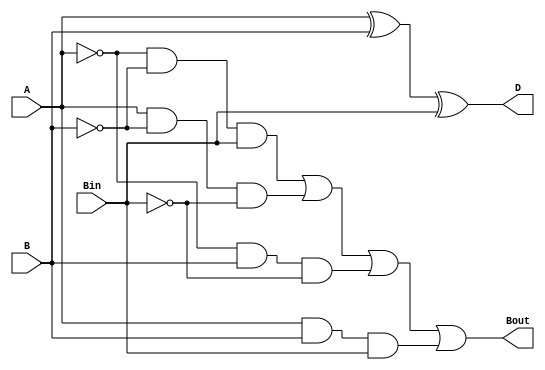
`timescale 1ns / 1ps
//////////////////////////////////////////////////////////////////////////////////
// Design Name: 
// Module Name:    FullSubtractor 
// Project Name: 
// Target Devices: 
// Tool versions: 
// Description: 
//
// Dependencies: 
//
// Revision: 
// Revision 0.01 - File Created
// Additional Comments: 
//
//////////////////////////////////////////////////////////////////////////////////
module FullSubtractor(
    input A,
    input B,
    input Bin,
    output D,
    output Bout
    );
	 
wire w1,w2,w3,w4;

xor(w1,A,B);
xor(D,w1,Bin);

and(w2,~A,~B,Bin);
and(w3,A,~B,~Bin);
and(w4,~A,B,~Bin);
and(w5,A,B,Bin);

or(Bout,w2,w3,w4,w5);

endmodule